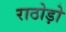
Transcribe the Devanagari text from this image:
राठोड़ो